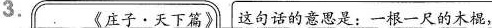
3.《庄子·天下篇》│这句话的意思是：一根一尺的木棍，